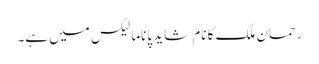
رحمان ملک کا نام شاید پاناما لیکس میں ہے۔